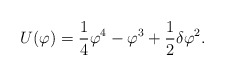
\begin{align*}U(\varphi) = {1 \over 4}\varphi^4 - \varphi^3 + {1 \over 2} \delta \varphi^2 .\end{align*}